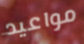
مواعيد